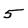
Character: 5